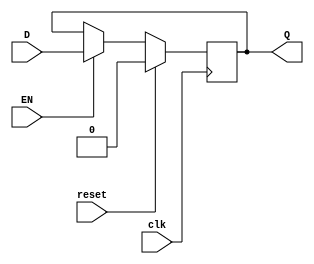
module Gated_D_Latch_flip_flop(
    input D,
    input EN,
    input clk,
    input reset,
    output reg Q
);

always @(posedge clk) begin
    if (reset) begin
        Q <= 1'b0;
    end else begin
        if (EN) begin
            Q <= D;
        end
    end
end

endmodule